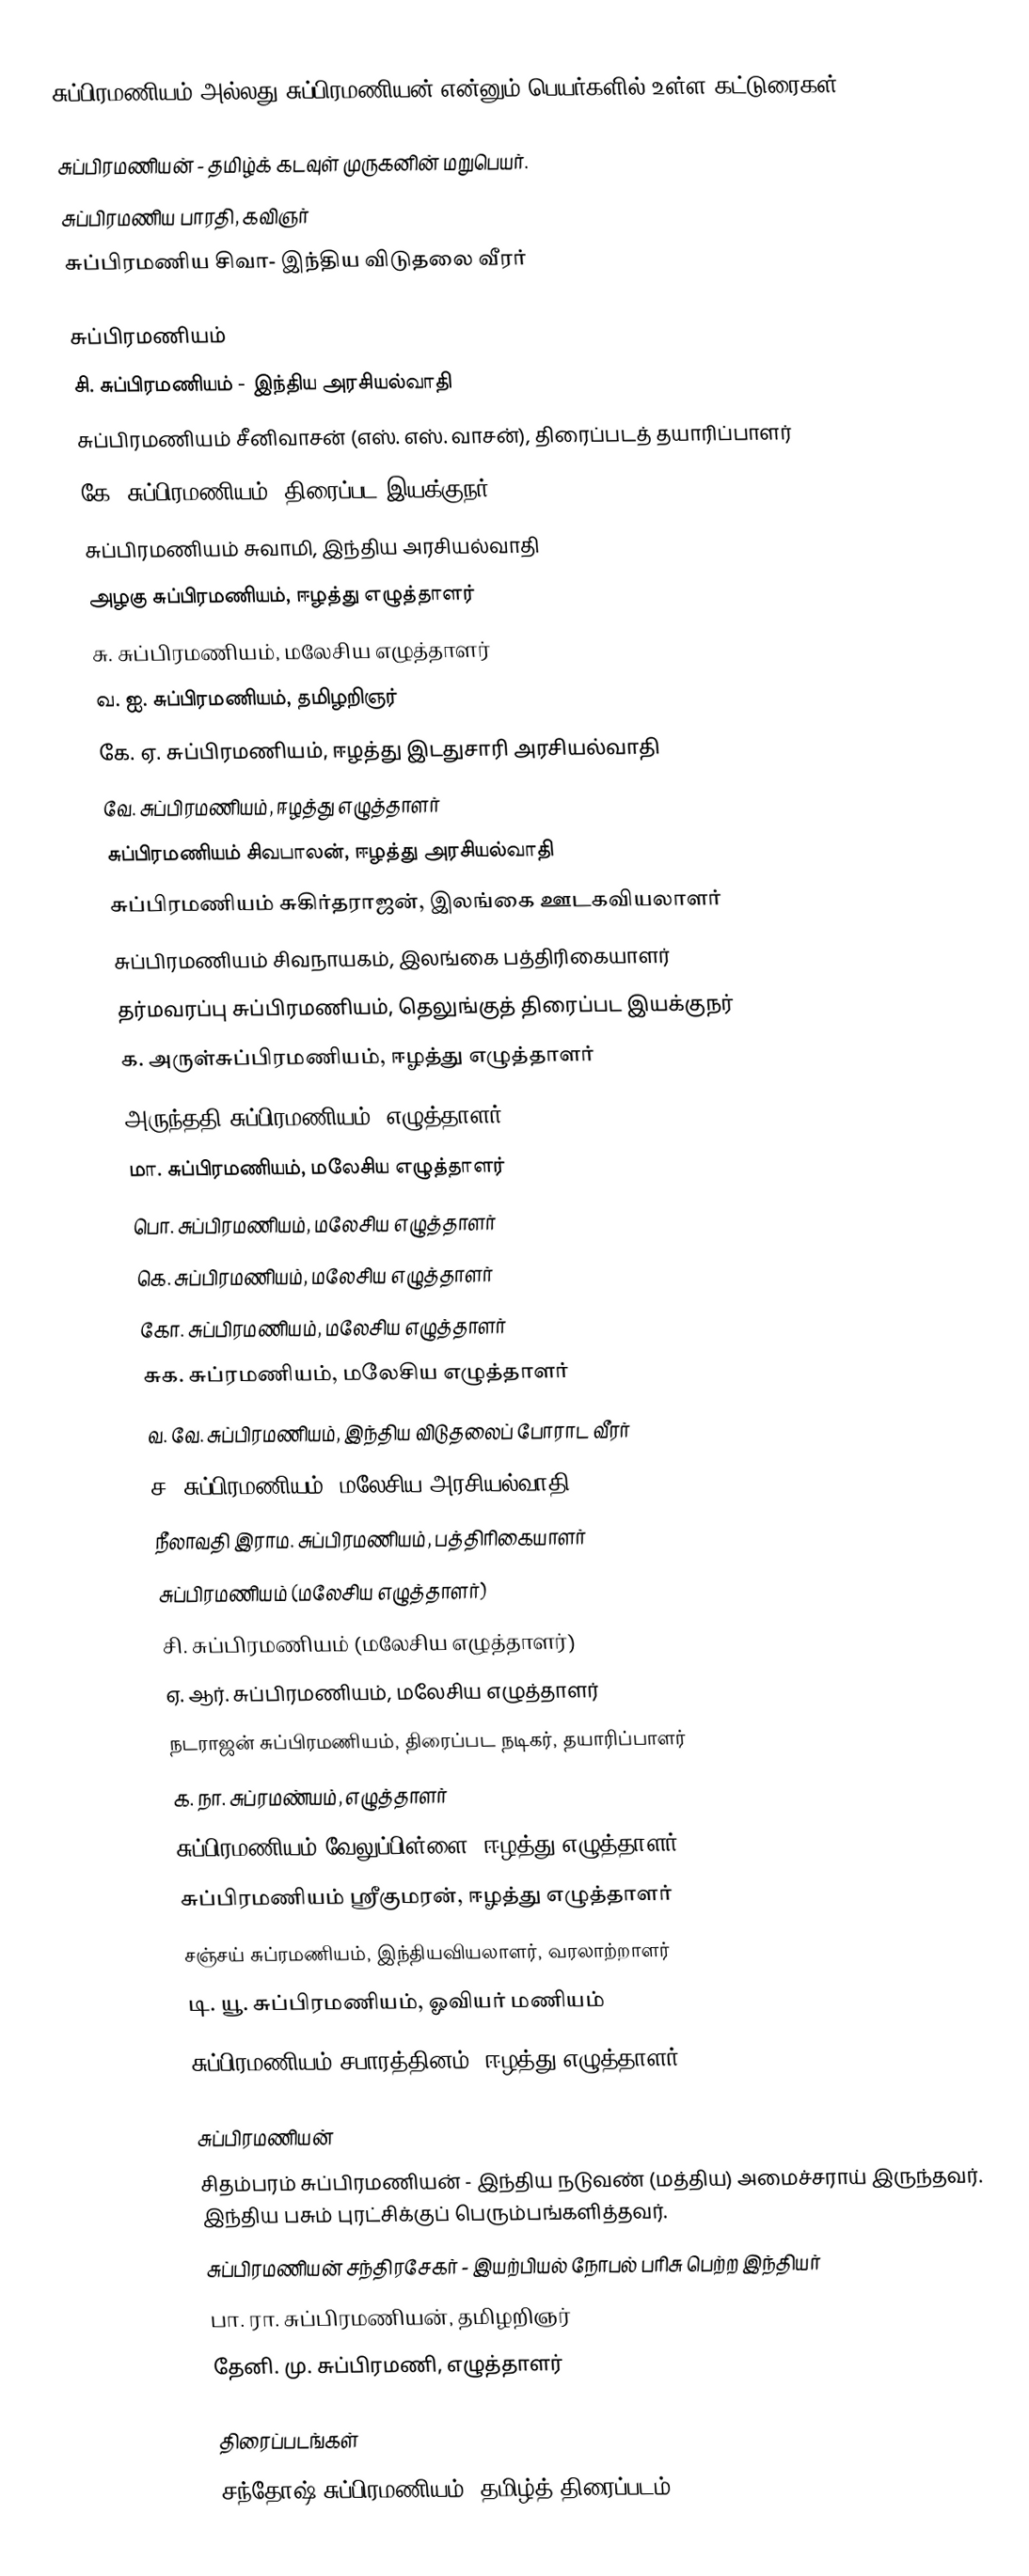
சுப்பிரமணியம் அல்லது சுப்பிரமணியன் என்னும் பெயர்களில் உள்ள கட்டுரைகள்:

 சுப்பிரமணியன் - தமிழ்க் கடவுள் முருகனின் மறுபெயர்.
 சுப்பிரமணிய பாரதி, கவிஞர்
 சுப்பிரமணிய சிவா-  இந்திய விடுதலை வீரர்

சுப்பிரமணியம்
 சி. சுப்பிரமணியம் - இந்திய அரசியல்வாதி
 சுப்பிரமணியம் சீனிவாசன் (எஸ். எஸ். வாசன்), திரைப்படத் தயாரிப்பாளர்
 கே. சுப்பிரமணியம், திரைப்பட இயக்குநர்
 சுப்பிரமணியம் சுவாமி, இந்திய அரசியல்வாதி
 அழகு சுப்பிரமணியம், ஈழத்து எழுத்தாளர்
 சு. சுப்பிரமணியம், மலேசிய எழுத்தாளர்
 வ. ஐ. சுப்பிரமணியம், தமிழறிஞர்
 கே. ஏ. சுப்பிரமணியம், ஈழத்து இடதுசாரி அரசியல்வாதி
 வே. சுப்பிரமணியம், ஈழத்து எழுத்தாளர்
 சுப்பிரமணியம் சிவபாலன், ஈழத்து அரசியல்வாதி
 சுப்பிரமணியம் சுகிர்தராஜன், இலங்கை ஊடகவியலாளர்
 சுப்பிரமணியம் சிவநாயகம், இலங்கை பத்திரிகையாளர்
 தர்மவரப்பு சுப்பிரமணியம், தெலுங்குத் திரைப்பட இயக்குநர்
 க. அருள்சுப்பிரமணியம், ஈழத்து எழுத்தாளர்
 அருந்ததி சுப்பிரமணியம், எழுத்தாளர்
 மா. சுப்பிரமணியம், மலேசிய எழுத்தாளர்
 பொ. சுப்பிரமணியம், மலேசிய எழுத்தாளர்
 கெ. சுப்பிரமணியம், மலேசிய எழுத்தாளர்
 கோ. சுப்பிரமணியம், மலேசிய எழுத்தாளர்
 சுக. சுப்ரமணியம், மலேசிய எழுத்தாளர்
 வ. வே. சுப்பிரமணியம், இந்திய விடுதலைப் போராட வீரர்
 ச. சுப்பிரமணியம், மலேசிய அரசியல்வாதி
 நீலாவதி இராம. சுப்பிரமணியம், பத்திரிகையாளர்
 சுப்பிரமணியம் (மலேசிய எழுத்தாளர்)
 சி. சுப்பிரமணியம் (மலேசிய எழுத்தாளர்)
 ஏ. ஆர். சுப்பிரமணியம், மலேசிய எழுத்தாளர்
 நடராஜன் சுப்பிரமணியம், திரைப்பட நடிகர், தயாரிப்பாளர்
 க. நா. சுப்ரமண்யம், எழுத்தாளர்
 சுப்பிரமணியம் வேலுப்பிள்ளை, ஈழத்து எழுத்தாளர்
 சுப்பிரமணியம் ஸ்ரீகுமரன், ஈழத்து எழுத்தாளர்
 சஞ்சய் சுப்ரமணியம், இந்தியவியலாளர், வரலாற்றாளர்
 டி. யூ. சுப்பிரமணியம், ஓவியர் மணியம்
 சுப்பிரமணியம் சபாரத்தினம், ஈழத்து எழுத்தாளர்

சுப்பிரமணியன்
 சிதம்பரம் சுப்பிரமணியன் - இந்திய நடுவண் (மத்திய) அமைச்சராய் இருந்தவர். இந்திய பசும் புரட்சிக்குப் பெரும்பங்களித்தவர்.
 சுப்பிரமணியன் சந்திரசேகர் - இயற்பியல் நோபல் பரிசு பெற்ற இந்தியர்
 பா. ரா. சுப்பிரமணியன், தமிழறிஞர்
 தேனி. மு. சுப்பிரமணி, எழுத்தாளர்

திரைப்படங்கள்
 சந்தோஷ் சுப்பிரமணியம், தமிழ்த் திரைப்படம்